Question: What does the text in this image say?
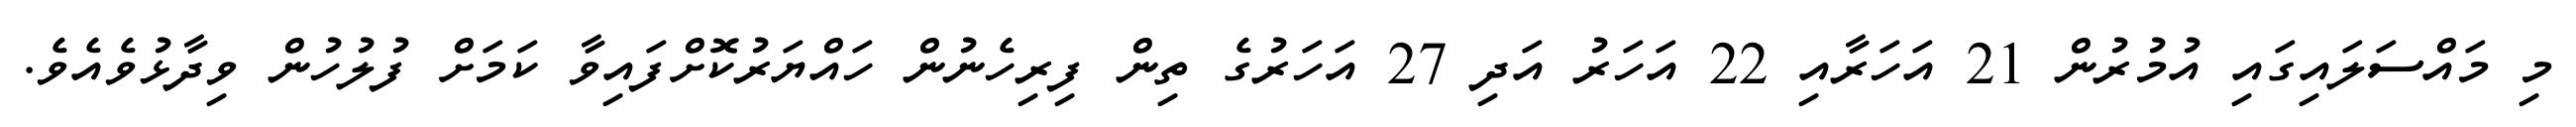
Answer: މި މައްސަލައިގައި އުމުރުން 21 އަހަރާއި 22 އަހަރު އަދި 27 އަހަރުގެ ތިން ފިރިހެނުން ހައްޔަރުކޮށްފައިވާ ކަމަށް ފުލުހުން ވިދާޅުވެއެވެ.